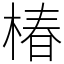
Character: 椿